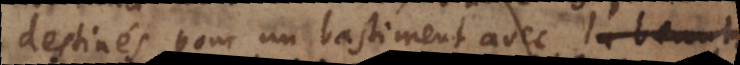
destinés pour un bastiment avec la grandeur